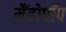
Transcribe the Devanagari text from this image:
मैंडोपॉप